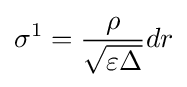
\sigma ^{1}={\frac {\rho }{\sqrt {\varepsilon \Delta }}}dr